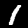
Label: 1